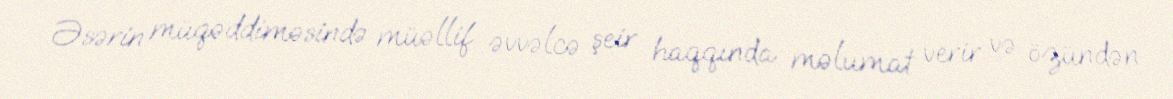
Əsərin müqəddiməsində müəllif əvvəlcə şeir haqqında məlumat verir və özündən